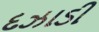
દઝાડી